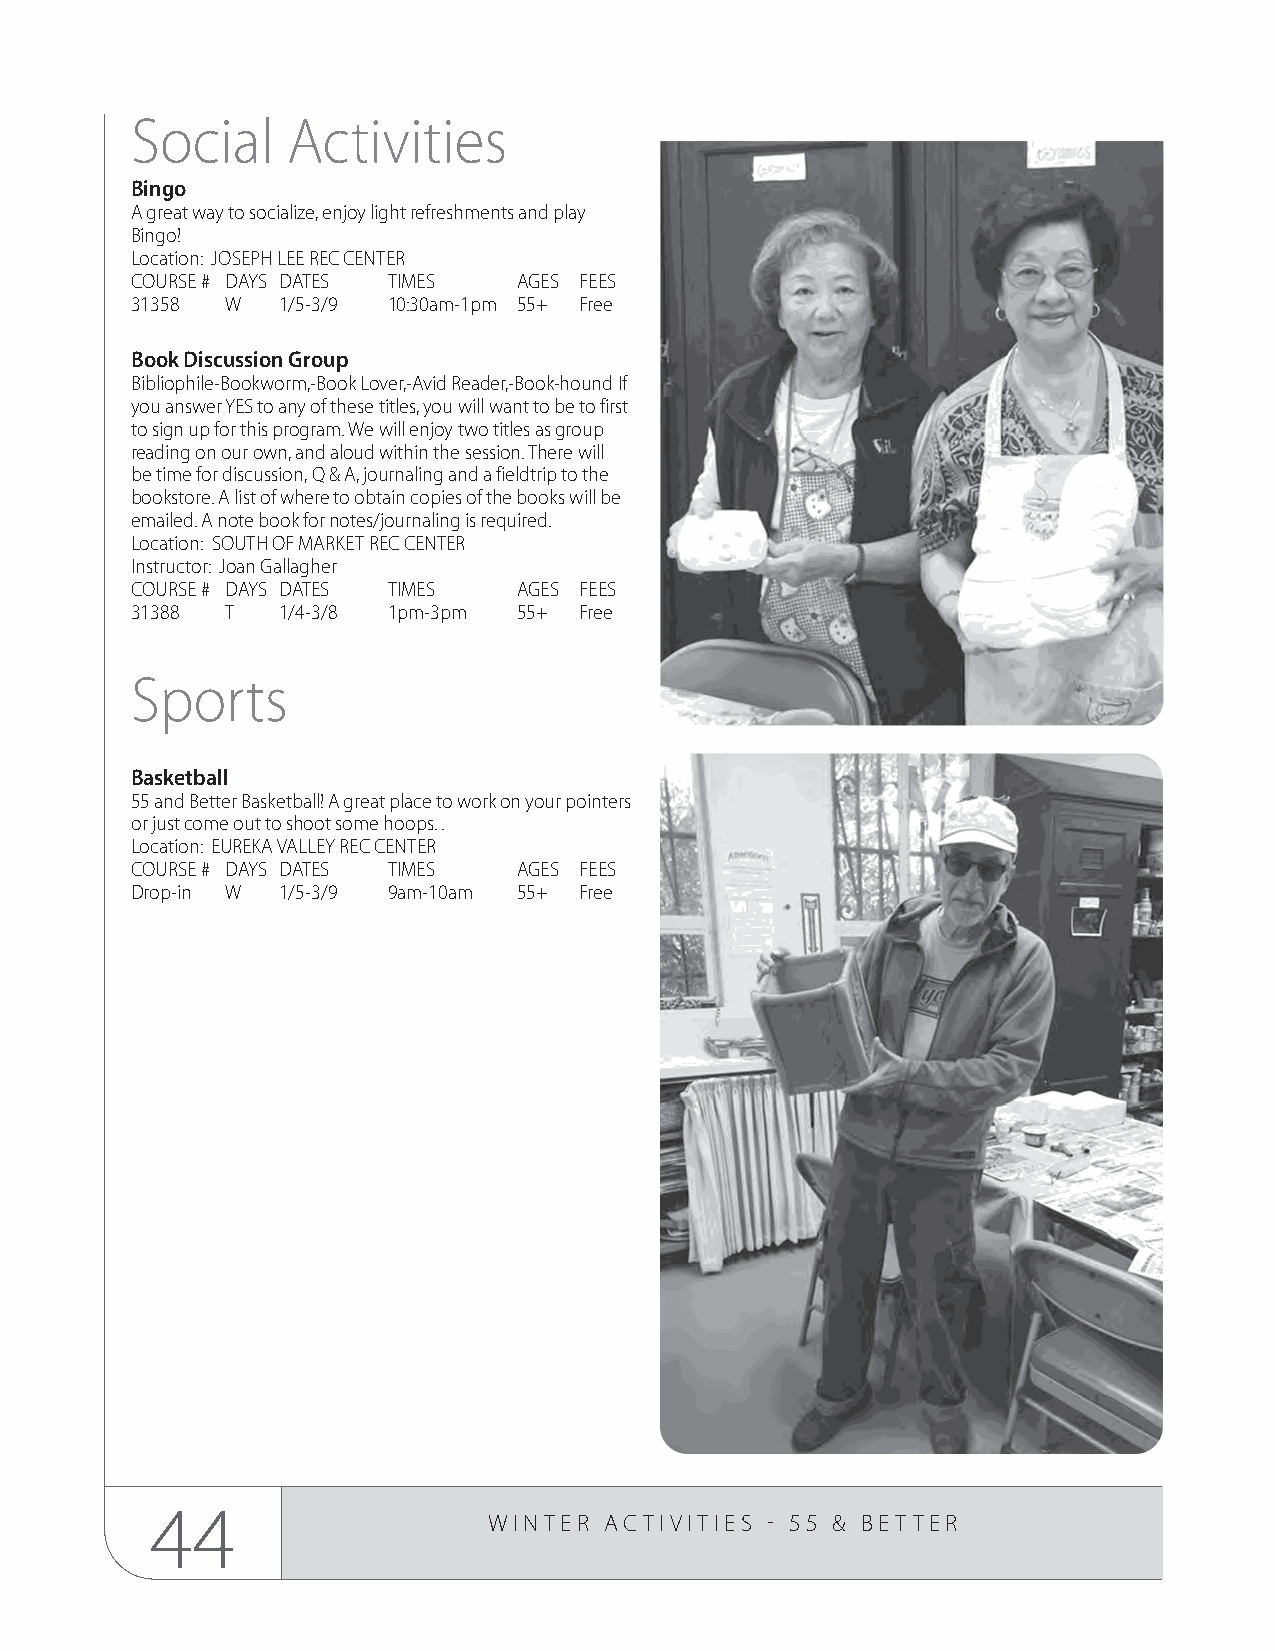
Social    Activities
 Bingo
 A great way to socialize, enjoy light refreshments and play
 Bingo!
 Location: JOSEPH LEE REC CENTER
 COURSE # DAYS DATES TIMES AGES FEES
 31358 W  1/5-3/9 10:30am-1pm 55+ Free
 Book Discussion Group
 Bibliophile-Bookworm,-Book Lover,-Avid Reader,-Book-hound If
 you answer YES to any of these titles, you will want to be to first
 to sign up for this program. We will enjoy two titles as group
 reading on our own, and aloud within the session. There will
 be time for discussion, Q & A, journaling and a fieldtrip to the
 bookstore. A list of where to obtain copies of the books will be
 emailed. A note book for notes/journaling is required.
 Location: SOUTH OF MARKET REC CENTER
 Instructor: Joan Gallagher
 COURSE # DAYS DATES TIMES AGES FEES
 31388 T  1/4-3/8 1pm-3pm 55+ Free
 Sports
 Basketball
 55 and Better Basketball! A great place to work on your pointers
 or just come out to shoot some hoops. .
 Location: EUREKA VALLEY REC CENTER
 COURSE # DAYS DATES TIMES AGES FEES
 Drop-in W 1/5-3/9 9am-10am 55+ Free
 44
 WINTER  ACTIVITIES - 55 & BET TER